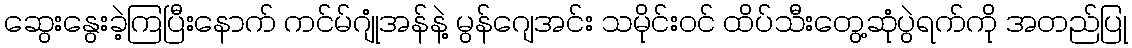
ဆွေးနွေးခဲ့ကြပြီးနောက် ကင်မ်ဂျုံအန်နဲ့ မွန်ဂျေအင်း သမိုင်းဝင် ထိပ်သီးတွေ့ဆုံပွဲရက်ကို အတည်ပြု